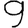
Digit: 9